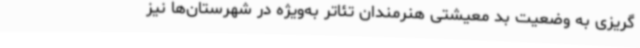
گریزی به وضعیت بد معیشتی هنرمندان تئاتر به‌ویژه در شهرستان‌ها نیز